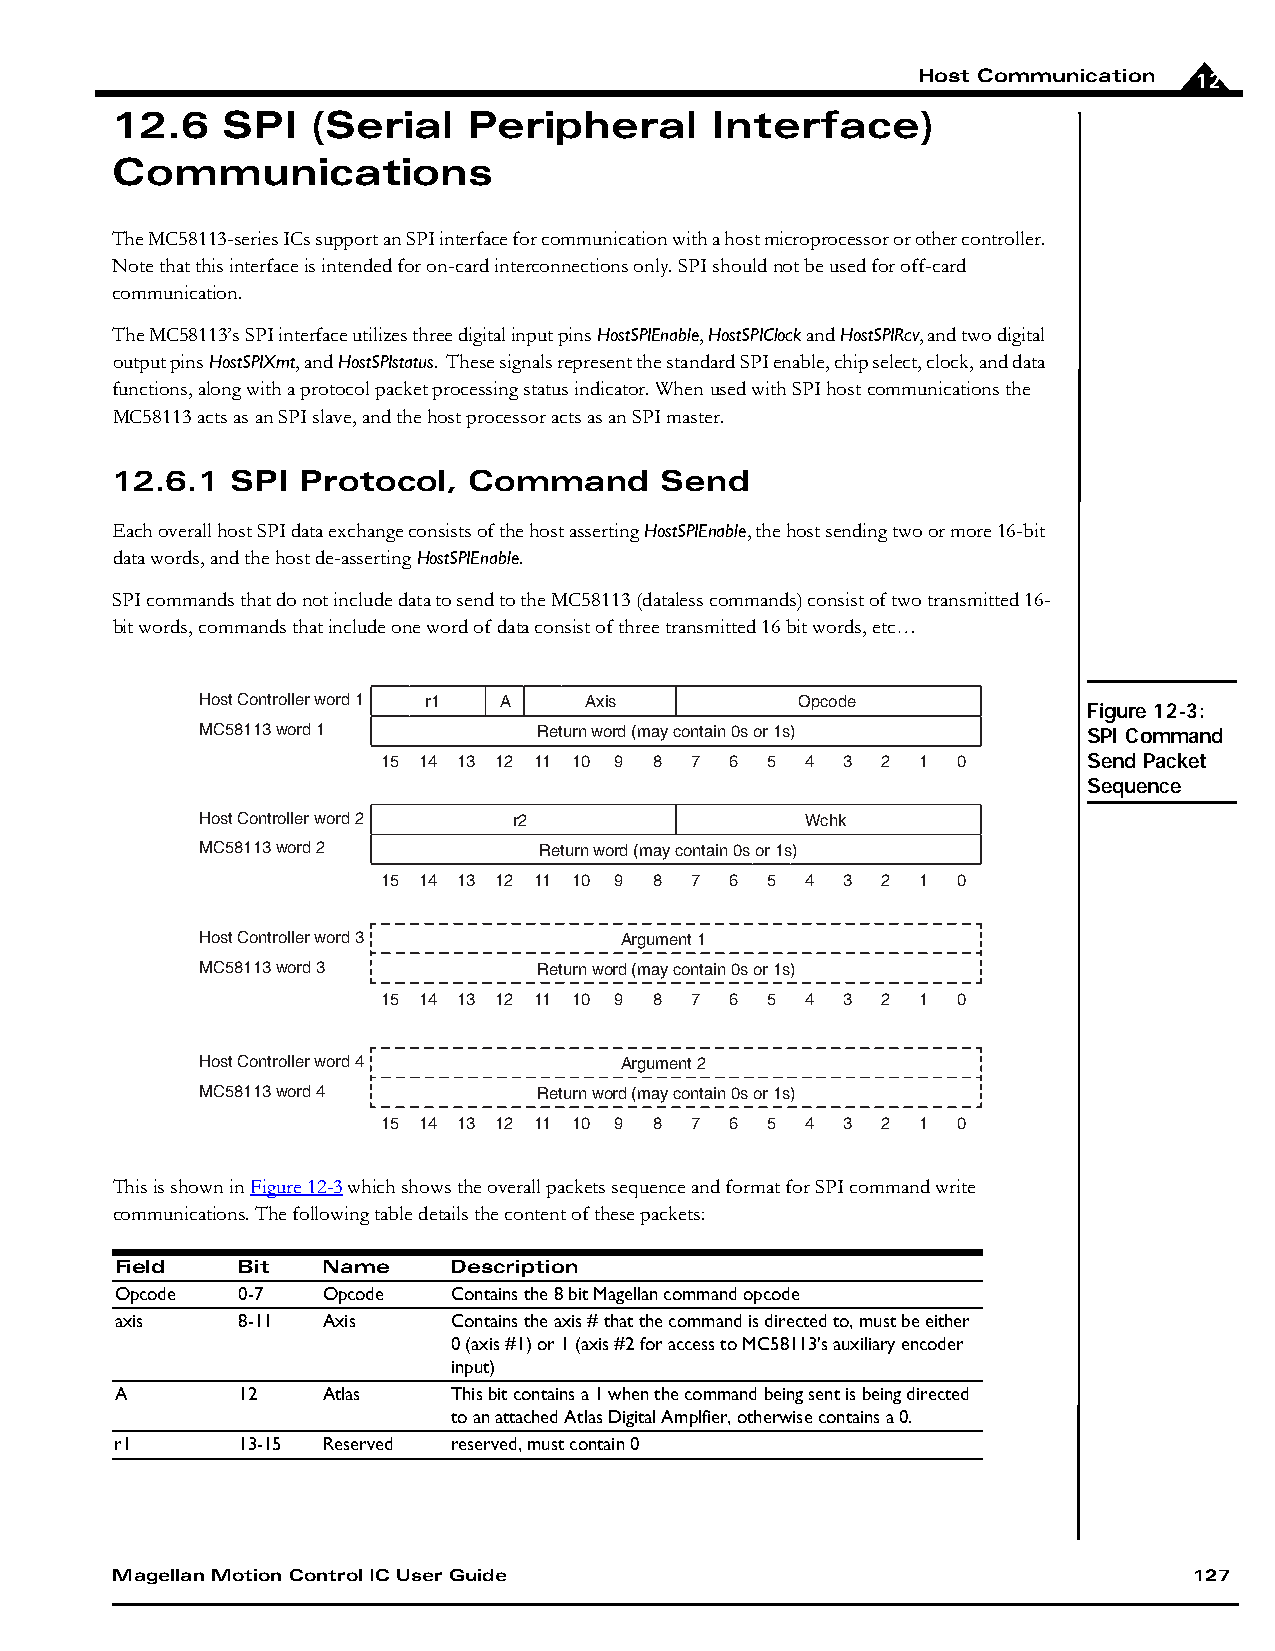
Host Communication 12
 12.6    SPI   (Serial   Peripheral      Interface)
 Communications
 The MC58113-series ICs support an SPI interface for communication with a host microprocessor or other controller.
 Note that this interface is intended for on-card interconnections only. SPI should not be used for off-card
 communication.
 The MC58113’s SPI interface utilizes three digital input pins HostSPIEnable, HostSPIClock and HostSPIRcv, and two digital
 output pins HostSPIXmt, and HostSPIstatus. These signals represent the standard SPI enable, chip select, clock, and data
 functions, along with a protocol packet processing status indicator. When used with SPI host communications the
 MC58113 acts as an SPI slave, and the host processor acts as an SPI master.
 12.6.1  SPI  Protocol,  Command      Send
 Each overall host SPI data exchange consists of the host asserting HostSPIEnable, the host sending two or more 16-bit
 data words, and the host de-asserting HostSPIEnable.
 SPI commands that do not include data to send to the MC58113 (dataless commands) consist of two transmitted 16-
 bit words, commands that include one word of data consist of three transmitted 16 bit words, etc…
 Host Controller word 1 r1 A Axis        Opcode
 Figure 12-3:
 MC58113 word 1         Return word (may contain 0s or 1s)  SPI Command
 15 14 13 12 11 10 9 8 7 6 5 4  3 2  1 0        Send Packet
 Sequence
 Host Controller word 2 r2               Wchk
 MC58113 word 2         Return word (may contain 0s or 1s)
 15 14 13 12 11 10 9 8 7 6 5 4  3 2  1 0
 Host Controller word 3      Argument 1
 MC58113 word 3         Return word (may contain 0s or 1s)
 15 14 13 12 11 10 9 8 7 6 5 4  3 2  1 0
 Host Controller word 4      Argument 2
 MC58113 word 4         Return word (may contain 0s or 1s)
 15 14 13 12 11 10 9 8 7 6 5 4  3 2  1 0
 This is shown in Figure12-3 which shows the overall packets sequence and format for SPI command write
 communications. The following table details the content of these packets:
 Field   Bit  Name     Description
 Opcode  0-7  Opcode   Contains the 8 bit Magellan command opcode
 axis    8-11 Axis     Contains the axis # that the command is directed to, must be either
 0 (axis #1) or 1 (axis #2 for access to MC58113's auxiliary encoder
 input)
 A       12   Atlas    This bit contains a 1 when the command being sent is being directed
 to an attached Atlas Digital Amplfier, otherwise contains a 0.
 r1      13-15 Reserved reserved, must contain 0
 Magellan Motion Control IC User Guide                                   127